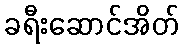
ခရီးဆောင်အိတ်